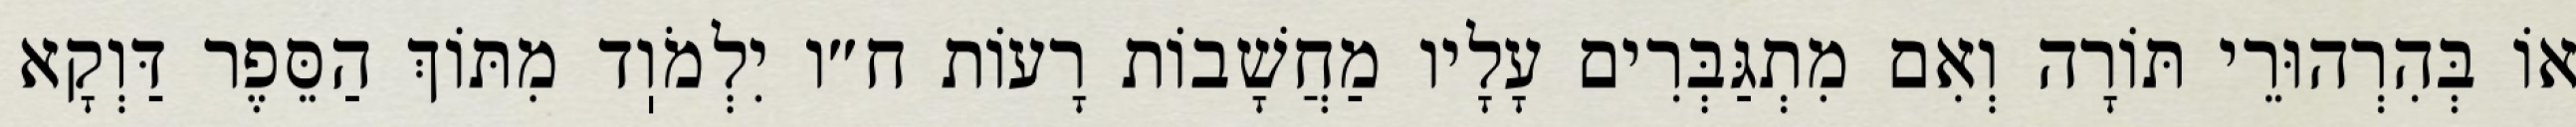
אוֹ בְּהִרְהוּרֵי תּוֹרָה וְאִם מִתְגַּבְּרִים עָלָיו מַחֲשָׁבוֹת רָעוֹת ח״ו יִלְמֹוֽד מִתּוֹךְ הַסֵּפֶר דַּוְקָא